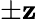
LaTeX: \pm\mathbf{z}